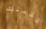
خدمتك